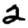
Digit: 2